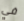
في